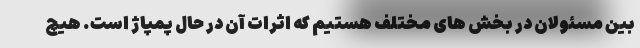
بین مسئولان در بخش های مختلف هستیم که اثرات آن در حال پمپاژ است. هیچ